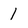
Character: 1